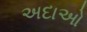
અદાઓ